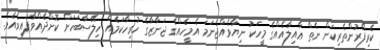
ކެރިފޯރުންތެރިކަން ނެތް ޢާއިލާއެއްގެ މީހަކު ނިޔާވެއްޖެނަމަ އެމީހެއްގެ ޖަނާޒާގެ ހުރިހާކަމެއް ހިލޭސާބަހަށް ކޮށްދެއްވާފައިވެއެވެ.